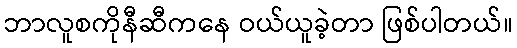
ဘာလူစကိုနီဆီကနေ ဝယ်ယူခဲ့တာ ဖြစ်ပါတယ်။